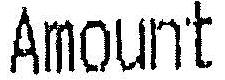
AMOUNT